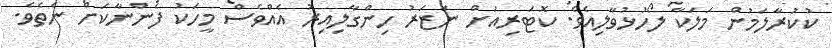
ކުކުރާލަމުން މަލަކާ ލޯހުޅުވާލިއެވެ. ކޮޓަރިއަށް ނަޒަރު ހިންގާލިއިރު އެއްވެސް މީހަކު ފެންނާކަށް ނެތެވެ.